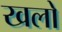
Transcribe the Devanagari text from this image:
खलो